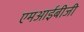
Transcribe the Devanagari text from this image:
एमआईबीजी